Medical and sanitary report on the native army of Bombay for the year
Year: 1878
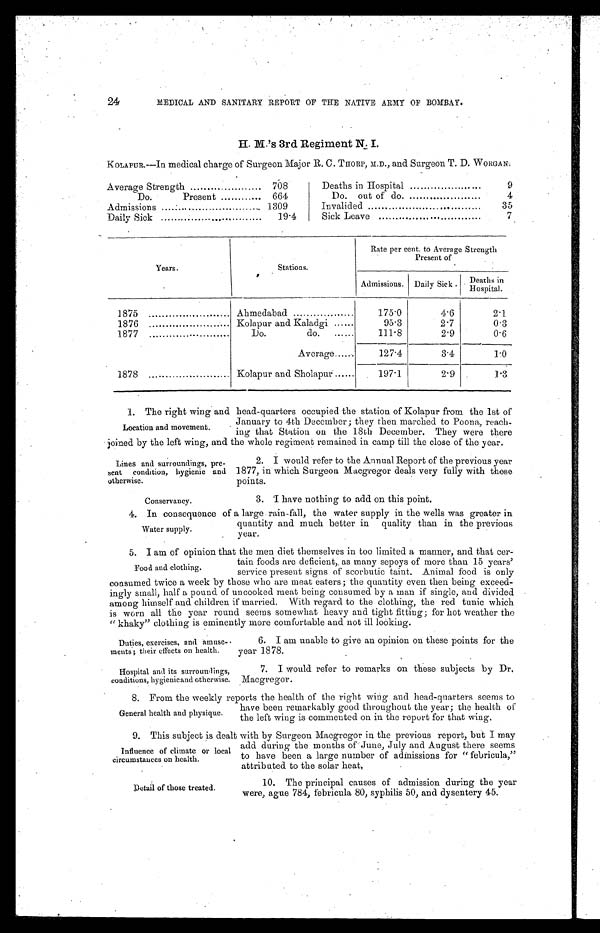
Influence of climate or local
circumstances on health.
Detail of those treated.
24
MEDICAL AND SANITARY REPORT OF THE NATIVE ARMY OF BOMBAY.
H. M.’s 3rd Regiment N. I.
KoLAPUR.—In medical charge of Surgeon Major R. C. THORP, M.D., and Surgeon T. D. WORGAN.
Average Strength
708
Deaths in Hospital
.
9
Do.
Present
664
Do. out of do.
4
Admissions
. .
1309
Invalided
...
35
Daily Sick
.
19.4
Sick Leave
7
Years.
Stations.
Rate per cent. to Average Strength
Present of
Admissions. Daily Sick . Deaths in
Hospital.
1875
Ahmedabad
175.0
4.6
2.1
1876
Kolapur and Kaladgi ......
95.3
2.7
0.3
1877
Do.
do.
......
111.8
2.9
0.6
Average ..... . .
127.4
3.4
1.0
1878
Kolapur and Sholapur ......
197.1
2.9
1.3
1. The right wing and head-quarters occupied the station of Kolapur from the 1st of
January to 4th December ; they then marched to Poona, reach-
ing that Station on the 18th December. They were there
joined by the left wing, and the whole regiment remained in camp till the close of the year.
Location and movement.
Lines and surroundings, pre-
sent condition, hygienic and
otherwise.
Conservancy.
2. I would refer to the Annual Report of the previous year
1877, in which Surgeon Macgregor deals very fully with these
points.
3. I have nothing to add on this point.
4. In consequence of a large rain-fall, the water supply in the wells was greater in
quantity and much better in quality than in the previous
year.
Water supply.
5. I am of opinion that the men diet themselves in too limited a manner, and that cer-
tain foods are deficient, as many sepoys of more than 15 years’
service present signs of scorbutic taint. Animal food is only
consumed twice a week by those who are meat eaters ; the quantity even then being exceed--
ingly small, half a pound of uncooked meat being consumed by a man if single, and divided
among himself the children if married. With regard to the clothing, the red tunic which
is worn all the year round seems somewhat heavy and tight fitting ; for hot weather the
“ khaky” clothing is eminently more comfortable and not ill looking.
Food and clothing.
Duties, exercises, and amuse-
ments ; their effects on health.
Hospital and its surroundings,
conditions, hygienic and otherwise.
6. I am unable to give an opinion on these points for the
year 1878.
7. I would refer to remarks on these subjects by Dr.
Macgregor.
8. From the weekly reports the health of the right wing and head-quarters seems to
General health and physique.
have been remarkably good throughout the year ; the health of
the left wing is commented on in the report for that wing.
9. This subject is dealt with by Surgeon Macgregor in the previous report, but I may
add during the months of June, July and August there seems
to have been a large number of admissions for “ febricula,”
attributed to the solar heat.
10. The principal causes of admission during the year
were, ague 784, febricula 80, syphilis 50, and dysentery 45.